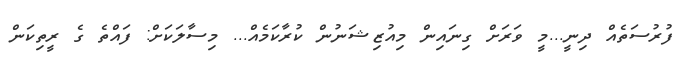
ފުރުސަތެއް ދިނީ...މީ ވަރަށް ގިނައިން މިއުޒިޝަނުން ކުރާކަމެއް... މިސާލަކަށް: ފައްތެ ގެ ރީތިކަން